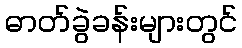
ဓာတ်ခွဲခန်းများတွင်